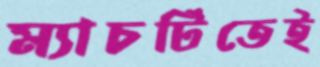
ম্যাচটিতেই